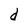
Character: d